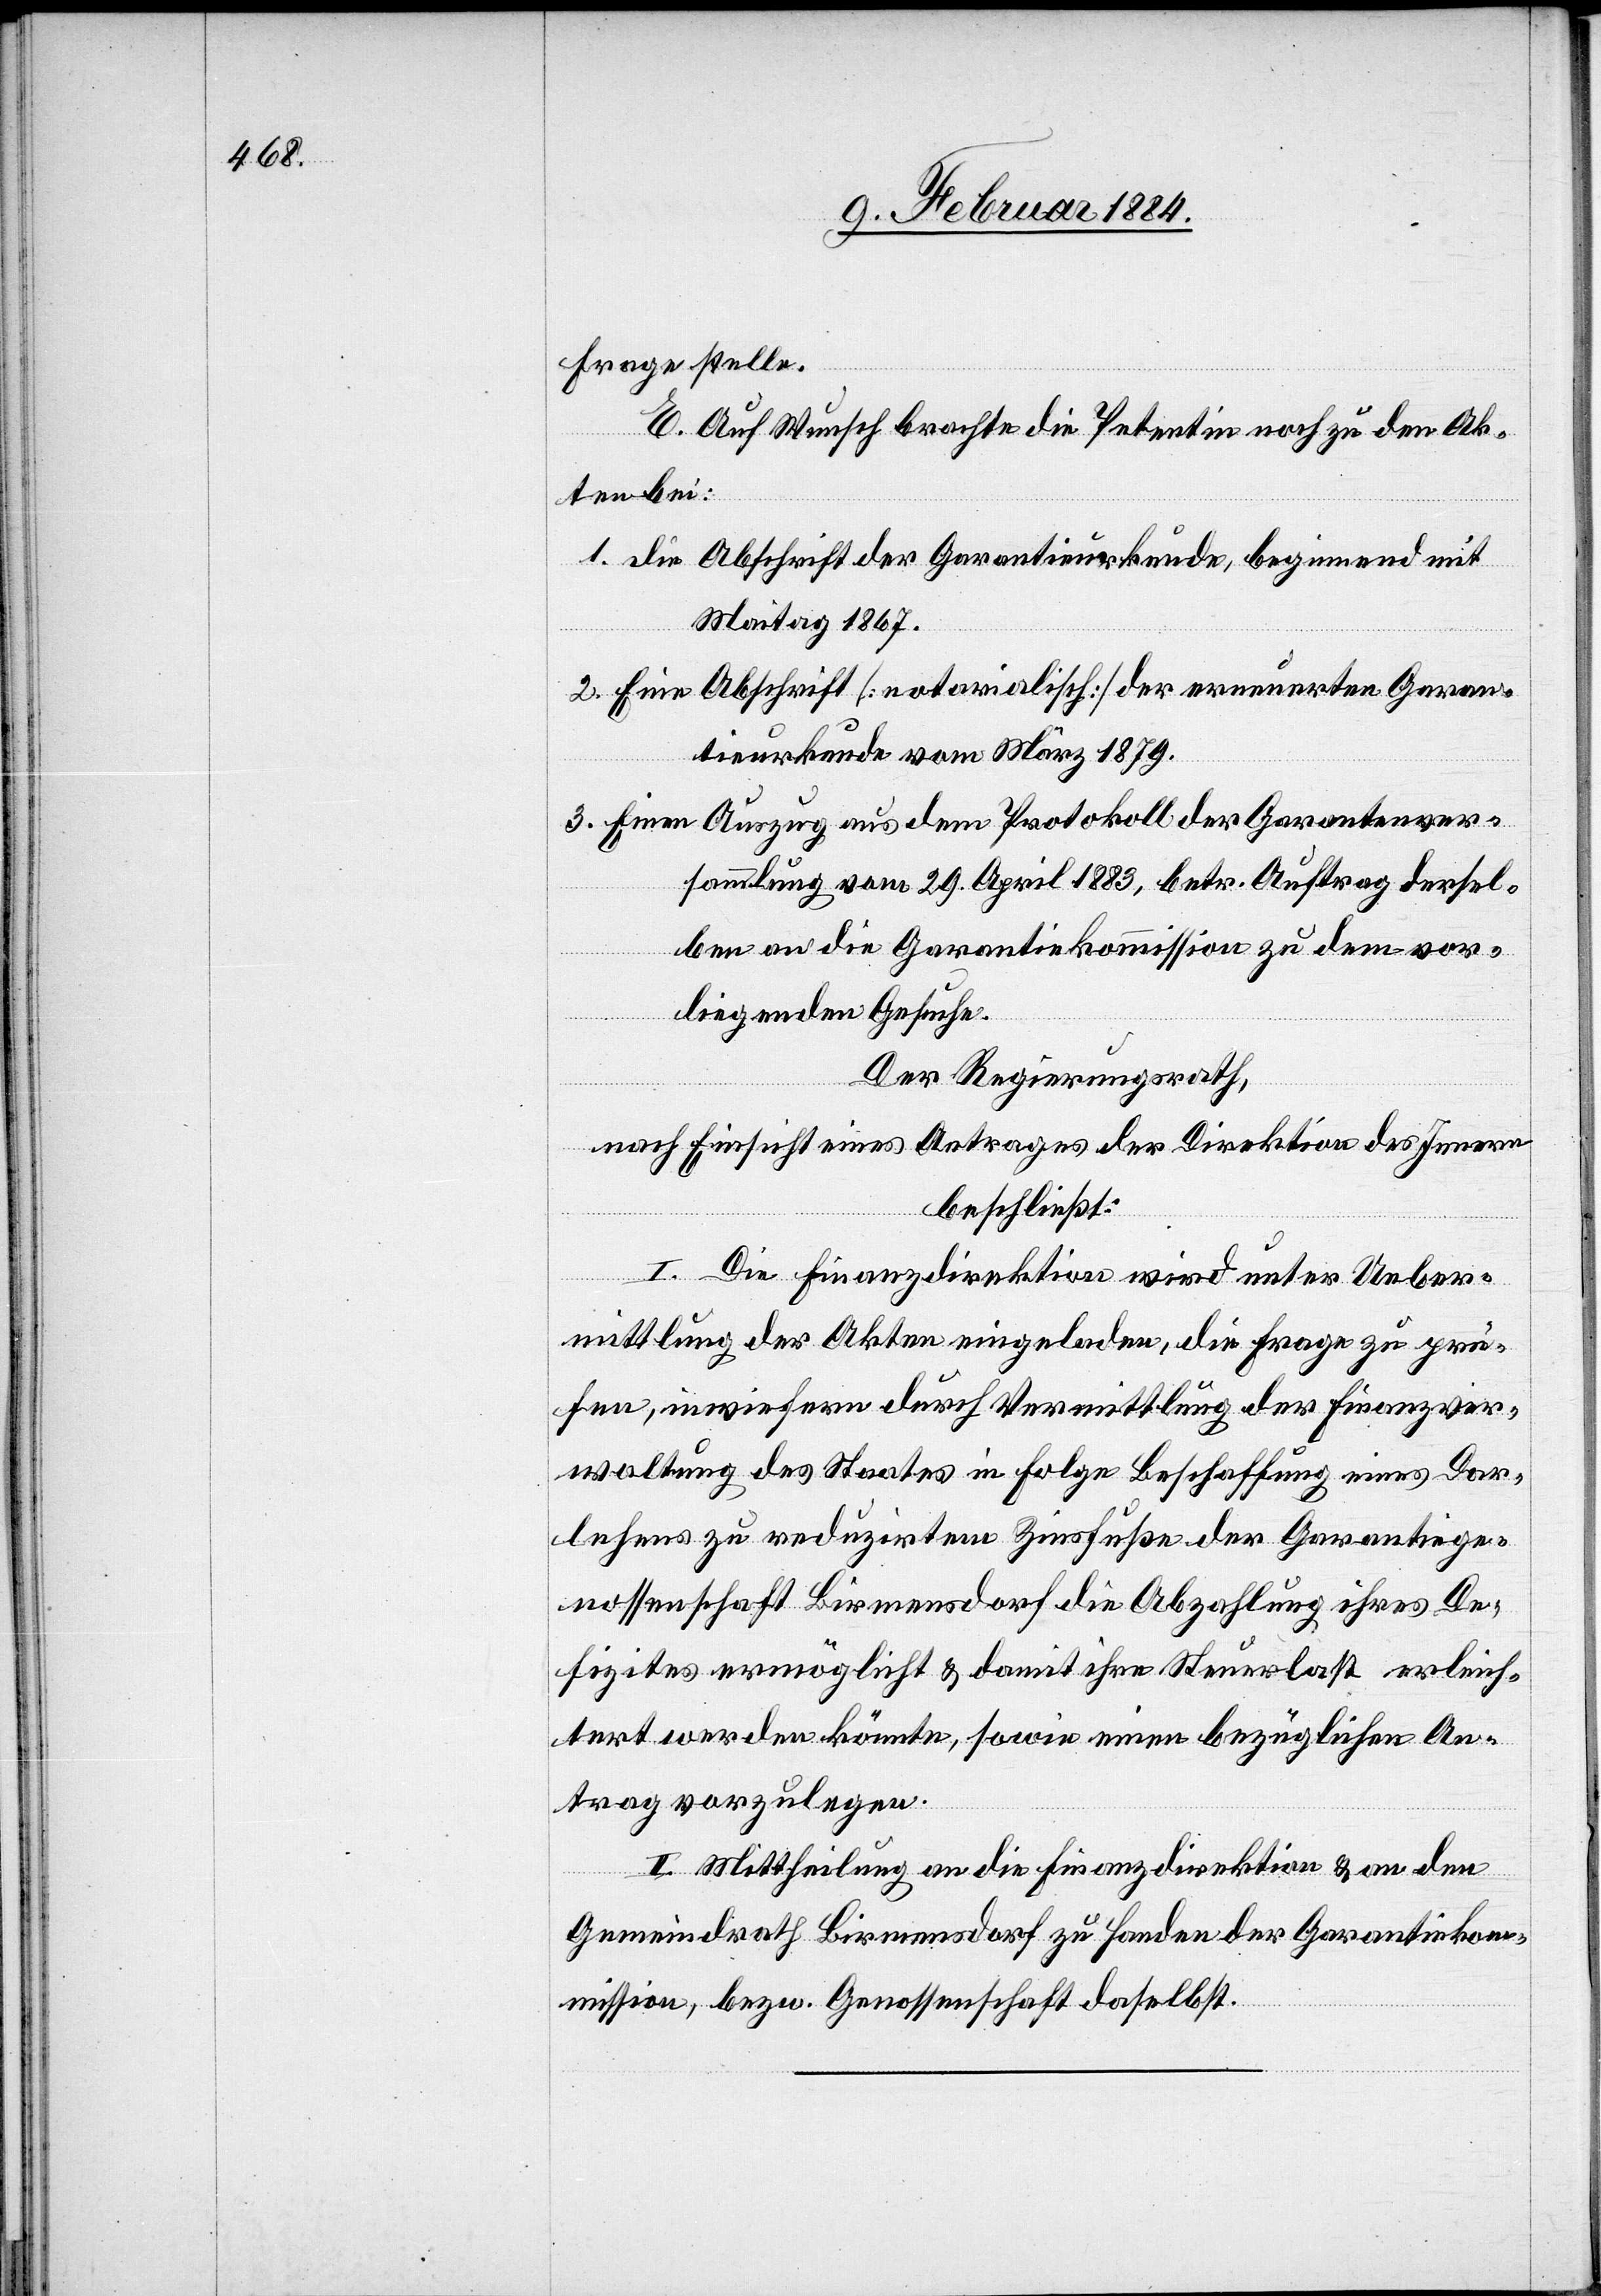
Frage stelle.
E. Auf Wunsch brachte die Petentin noch zu den Ak¬
ten bei:
1. Die Abschrift der Garantieurkunde, beginnend mit
Maitag 1867.
2. Eine Abschrift [notarialisch] der erneuerten Garan¬
tieurkunde vom März 1879.
3. Einen Auszug aus dem Protokoll der Garantenver¬
sammlung vom 29. April 1883, betr. Auftrag dersel¬
ben an die Garantiekommission zu dem vor¬
liegenden Gesuche.
Der Regierungsrath,
nach Einsicht eines Antrages der Direktion des Innern
beschließt:
I. Die Finanzdirektion wird unter Ueber¬
mittlung der Akten eingeladen, die Frage zu prü¬
fen, inwiefern durch Vermittlung der Finanzver¬
waltung des Staates in Folge Beschaffung eines Dar¬
lehens zu reduzirtem Zinsfuße der Garantiege¬
nossenschaft Birmensdorf die Abzahlung ihres De¬
fizites ermöglicht & damit ihre Steuerlast erleich¬
tert werden könnte, sowie einen bezüglichen An¬
trag vorzulegen.
II. Mittheilung an die Finanzdirektion & an den
Gemeindrath Birmensdorf zu Handen der Garantiekom¬
mission, bzw. Genossenschaft daselbst.